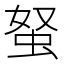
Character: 𧉭